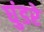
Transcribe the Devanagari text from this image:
घुंडरे